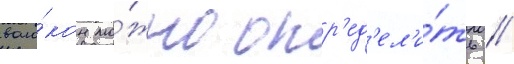
воло́кон мо́жно опр'ед'ел'и́ть /